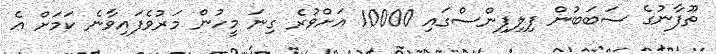
ތޫފާނުގެ ސަބަބުން ފިލިޕިންސްގައި 10000 އަށްވުރެ ގިނަ މީހުން މަރުވެފައިވާނެ ކަމަށް އެ